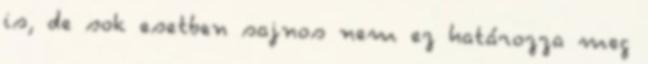
is, de sok esetben sajnos nem ez határozza meg